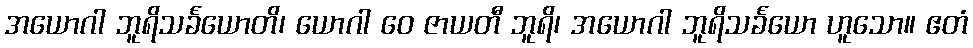
အယောဂါ ဘူရိသင်္ခယောတိ၊ ယောဂါ ဝေ ဇာယတီ ဘူရိ၊ အယောဂါ ဘူရိသင်္ခယော ဟူသော။ ဧတံ